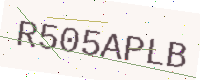
Text: R505APLB